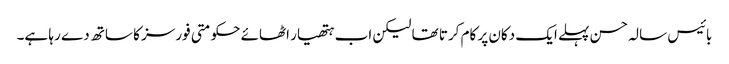
بائیس سالہ حسن پہلے ایک دکان پر کام کرتا تھا لیکن اب ہتھیار اٹھائے حکومتی فورسز کا ساتھ دے رہا ہے۔